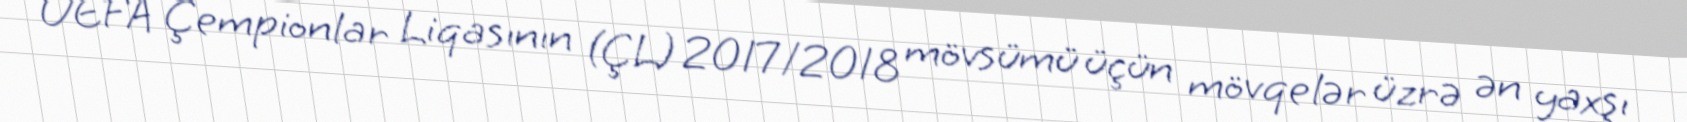
UEFA Çempionlar Liqasının (ÇL) 2017/2018 mövsümü üçün mövqelər üzrə ən yaxşı